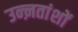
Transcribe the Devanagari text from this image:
उन्ऩतांशों